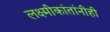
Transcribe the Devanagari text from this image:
लक्ष्मीकांतांनीही